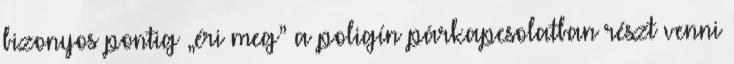
bizonyos pontig „éri meg” a poligín párkapcsolatban részt venni